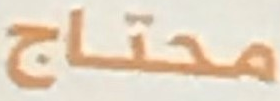
محتاج